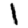
Digit: 1